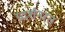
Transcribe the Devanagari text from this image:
प्रदर्शनरत